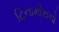
ટિનામૌસનો